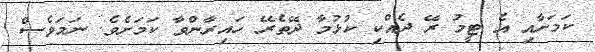
ކަމަށާއި އެ ޓީމު ރޭ ދެއްކި ކުޅުމާ ދޭތެރޭ ހައިރާންވާ ކަމަށެވެ. ނަމަވެސް